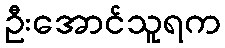
ဦးအောင်သူရက